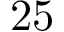
2 5